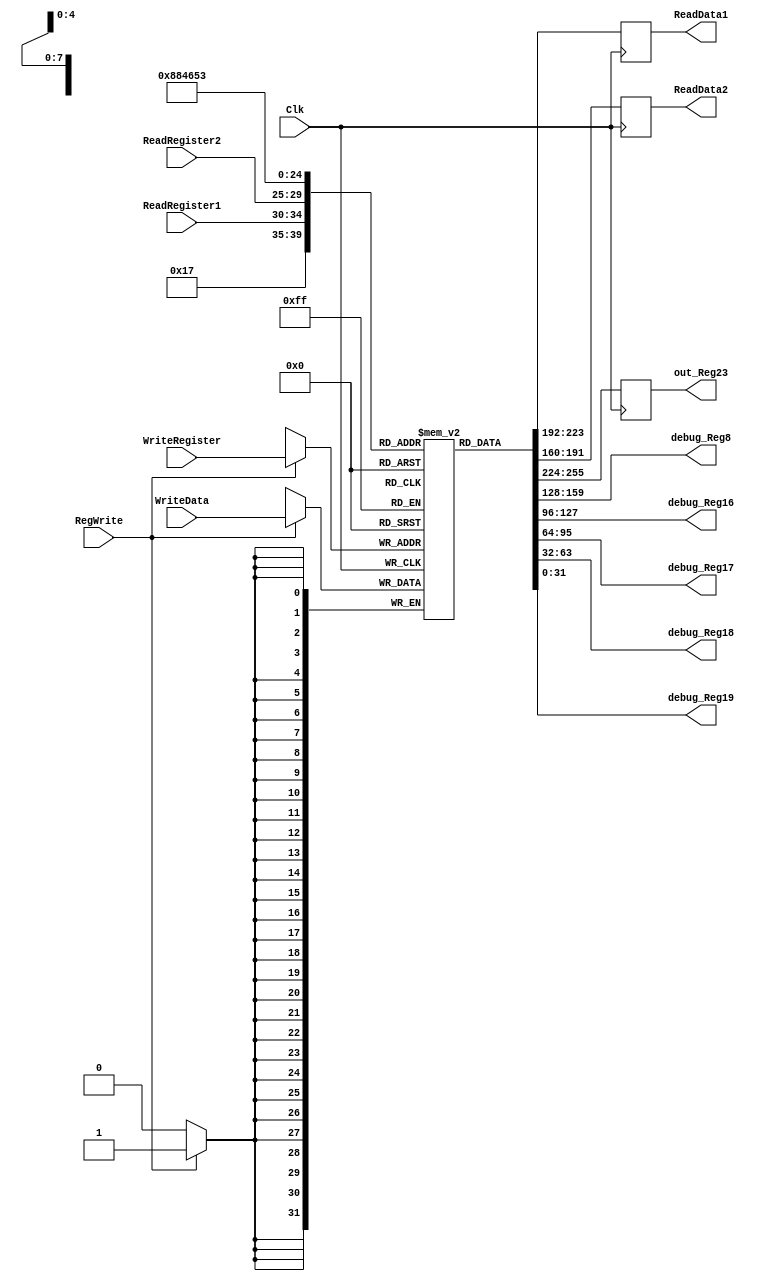
`timescale 1ns / 1ps

//////////////////////////////////////////////////////////////////////////////////
//// Last Edits: Adrian Bao, Bob Bradford

//// Module - register_file.v
//// Description - Implements a register file with 32 32-Bit wide registers.
////                          (a 32x32 regsiter file with two read ports and one write port)
//// INPUTS:-
//// ReadRegister1: 5-Bit address to select a register to be read through 32-Bit 
////                output port 'ReadRegister1'.
//// ReadRegister2: 5-Bit address to select a register to be read through 32-Bit 
////                output port 'ReadRegister2'.
//// WriteRegister: 5-Bit address to select a register to be written through 32-Bit
////                input port 'WriteRegister'.
//// WriteData: 32-Bit write input port.
//// RegWrite: 1-Bit control input signal.
////
//// OUTPUTS:-
//// ReadData1: 32-Bit registered output. 
//// ReadData2: 32-Bit registered output. 
////
//// FUNCTIONALITY:-
//// 'ReadRegister1' and 'ReadRegister2' are two 5-bit addresses to read two 
//// registers simultaneously. The two 32-bit data sets are available on ports 
//// 'ReadData1' and 'ReadData2', respectively. 'ReadData1' and 'ReadData2' are 
//// registered outputs (output of register file is written into these registers 
//// at the falling edge of the clock). You can view it as if outputs of registers
//// specified by ReadRegister1 and ReadRegister2 are written into output 
//// registers ReadData1 and ReadData2 at the falling edge of the clock. 
////
//// 'RegWrite' signal is high during the rising edge of the clock if the input 
//// data is to be written into the register file. The contents of the register 
//// specified by address 'WriteRegister' in the register file are modified at the 
//// rising edge of the clock if 'RegWrite' signal is high. The D-flip flops in 
//// the register file are positive-edge (rising-edge) triggered. (You have to use 
//// this information to generate the write-clock properly.) 
////
//// NOTE:-
//// We will design the register file such that the contents of registers do not 
//// change for a pre-specified time before the falling edge of the clock arrives 
//// to allow for data multiplexing and setup time.
//////////////////////////////////////////////////////////////////////////////////

//--// Notice the addtional signals below //--//

module RegisterFile(ReadRegister1, ReadRegister2, WriteRegister, WriteData, RegWrite, Clk, ReadData1, ReadData2, debug_Reg8, debug_Reg16, debug_Reg17, debug_Reg18, debug_Reg19, out_Reg23);

	
    input Clk;
    input [4:0] ReadRegister1, ReadRegister2, WriteRegister;
    input RegWrite;
    input [31:0]  WriteData;
    
    output reg [31:0] ReadData1, ReadData2;

    //--// below is for post-synthesis simulation //--//

    output [31:0] debug_Reg8, debug_Reg16, debug_Reg17,    
    debug_Reg18, debug_Reg19;
    
    output reg [31:0] out_Reg23;

   (* mark_debug = "true" *) reg [31:0] R_Addr [0:31];
 	
	
   //////////////////////////////////////////////////
   initial begin
       R_Addr[0] <= 32'd0;
       R_Addr[1] <= 32'd0;
       R_Addr[2] <= 32'd0;
       R_Addr[3] <= 32'd0;
       R_Addr[4] <= 32'd0;
       R_Addr[5] <= 32'd0;
       R_Addr[6] <= 32'd0;
       R_Addr[7] <= 32'd0;
       R_Addr[8] <= 32'd0;
       R_Addr[9] <= 32'd0;
       R_Addr[10] <= 32'd0;
       R_Addr[11] <= 32'd0;
       R_Addr[12] <= 32'd0;
       R_Addr[13] <= 32'd0;
       R_Addr[14] <= 32'd0;
       R_Addr[15] <= 32'd0;
       R_Addr[16] <= 32'd0;
       R_Addr[17] <= 32'd0;
       R_Addr[18] <= 32'd0;
       R_Addr[19] <= 32'd0;
       R_Addr[20] <= 32'd0;
       R_Addr[21] <= 32'd0;
       R_Addr[22] <= 32'd0;
       R_Addr[23] <= 32'd0;
       R_Addr[24] <= 32'd0;
       R_Addr[25] <= 32'd0;
       R_Addr[26] <= 32'd0;
       R_Addr[27] <= 32'd0;
       R_Addr[28] <= 32'd0;
       R_Addr[29] <= 32'd0;
       R_Addr[30] <= 32'd0;
       R_Addr[31] <= 32'd0;
   end
   
   // Write procedure
   always @ (posedge Clk)
   begin
       if (RegWrite == 1) begin
           R_Addr[WriteRegister] <= WriteData;
       end
   end
   
   // Read procedure
   always @ (negedge Clk) begin
      out_Reg23 <= R_Addr[23];
      ReadData1 <= R_Addr[ReadRegister1];
      ReadData2 <= R_Addr[ReadRegister2];
       
   end
   ///////////////////////////////////////////////////
		

    //below is for post-synthesis simulation
    assign debug_Reg8 = R_Addr[8];
    assign debug_Reg16 = R_Addr[16];
    assign debug_Reg17 = R_Addr[17];
    assign debug_Reg18 = R_Addr[18];
    assign debug_Reg19 = R_Addr[19];


endmodule